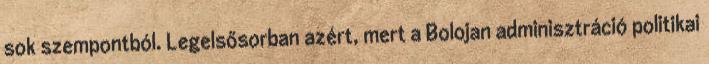
sok szempontból. Legelsősorban azért, mert a Bolojan adminisztráció politikai